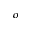
\sigma